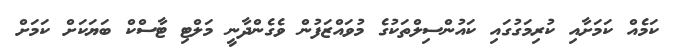
ކަމެއް ކަމަށާއި ކުރިމަގުގައި ކައުންސިލްތަކުގެ މުވައްޒަފުން ވެގެންދާނީ މަލްޓި ޓާސްކް ބަޔަކަށް ކަމަށް